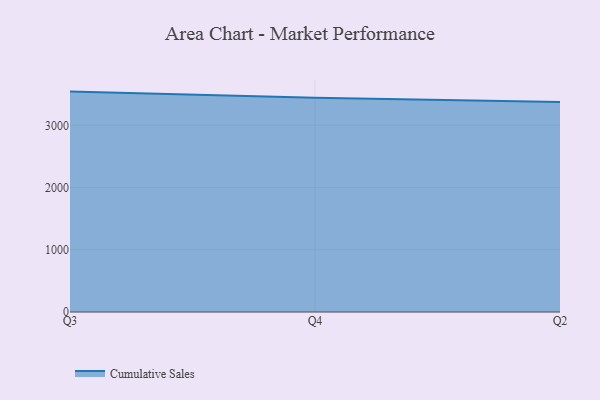
{"axis": {"x": "Quarter", "y": "Energy Usage (MWh)"}, "legend": ["Cumulative Sales"], "data": [{"x": "Q3", "y": 3541.7, "type": "Cumulative Sales"}, {"x": "Q4", "y": 3444.8, "type": "Cumulative Sales"}, {"x": "Q2", "y": 3376.3, "type": "Cumulative Sales"}]}